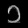
Digit: ၁